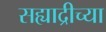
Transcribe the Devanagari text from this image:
सह्याद्रीच्‍या